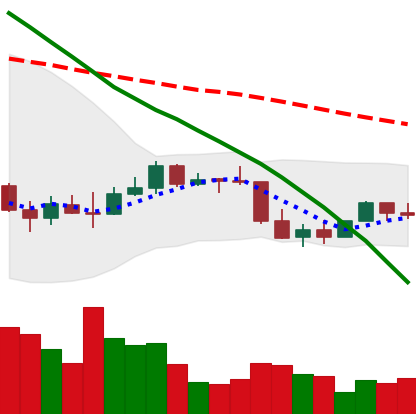
Ticker: EOS-USD
Chart end date: 2022-01-04
Forward return: -11.926%
Label: down_7plus